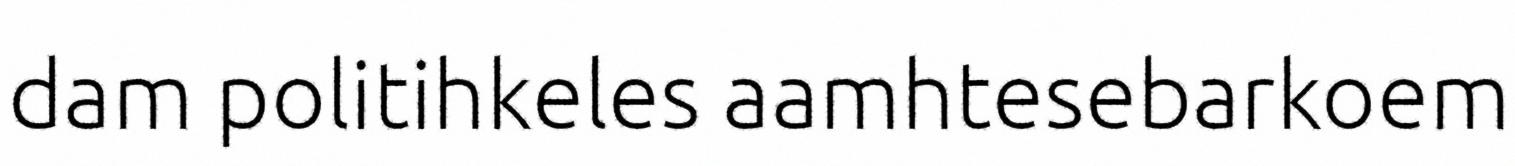
dam politihkeles aamhtesebarkoem